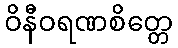
ဝိနီဝရဏစိတ္တေ